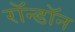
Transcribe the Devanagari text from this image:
रॉन्डॉन